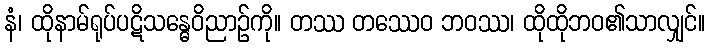
နံ၊ ထိုနာမ်ရုပ်ပဋိသန္ဓေဝိညာဉ်ကို။ တဿ တဿေဝ ဘဝဿ၊ ထိုထိုဘဝ၏သာလျှင်။